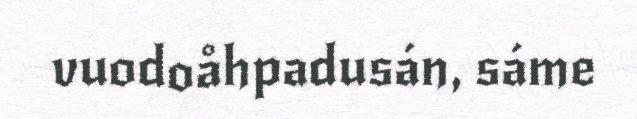
vuodoåhpadusán, sáme